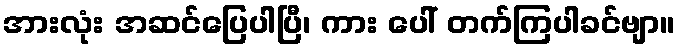
အားလုံး အဆင်ပြေပါပြီ၊ ကား ပေါ် တက်ကြပါခင်ဗျာ။